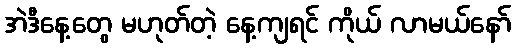
အဲဒီနေ့တွေ မဟုတ်တဲ့ နေ့ကျရင် ကိုယ် လာမယ်နော်